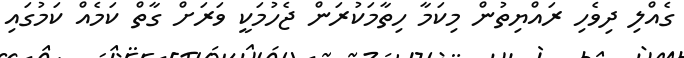
ގެއްލި ދިވެހި ރައްޔިތުން މިކަމާ ހިތާމަކުރަން ޖެހުމަކީ ވަރަށް ގާތް ކަމެއް ކަމުގައި